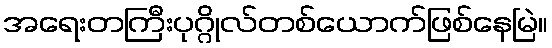
အရေးတကြီးပုဂ္ဂိုလ်တစ်ယောက်ဖြစ်နေမြဲ။